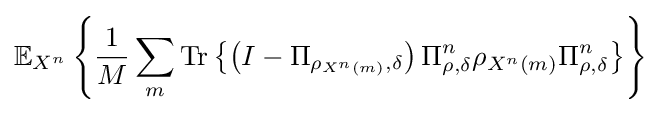
\mathbb {E} _{X^{n}}\left\{{\frac {1}{M}}\sum _{m}{\text{Tr}}\left\{\left(I-\Pi _{\rho _{X^{n}\left(m\right)},\delta }\right)\Pi _{\rho ,\delta }^{n}\rho _{X^{n}\left(m\right)}\Pi _{\rho ,\delta }^{n}\right\}\right\}